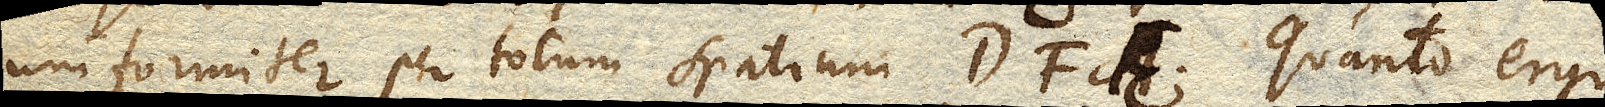
uniformiter per totum spatium DFE. Quanto ergo